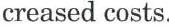
creased costs.